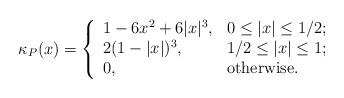
LaTeX: \begin{align*}\kappa_{P}(x)=\left\{\begin{array}{ll}1-6x^2+6|x|^3, & 0\leq|x|\leq 1/2;\\2(1-|x|)^3, & 1/2\leq|x|\leq 1;\\0, & \mbox{otherwise}.\end{array}\right.\end{align*}